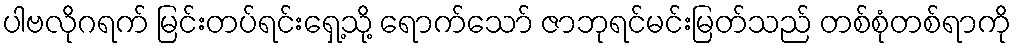
ပါဗလိုဂရက် မြင်းတပ်ရင်းရှေ့သို့ ရောက်သော် ဇာဘုရင်မင်းမြတ်သည် တစ်စုံတစ်ရာကို